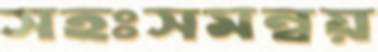
সহঃসমন্বয়